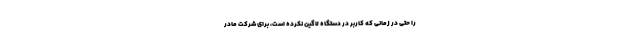
را حتی در زمانی ‌که کاربر در دستگاه لاگین نکرده است، برای شرکت مادر